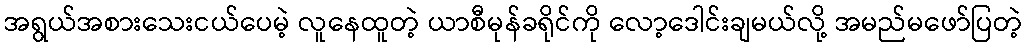
အရွယ်အစားသေးငယ်ပေမဲ့ လူနေထူတဲ့ ယာစီမုန်ခရိုင်ကို လော့ဒေါင်းချမယ်လို့ အမည်မဖော်ပြတဲ့